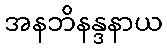
အနဘိနန္ဒနာယ